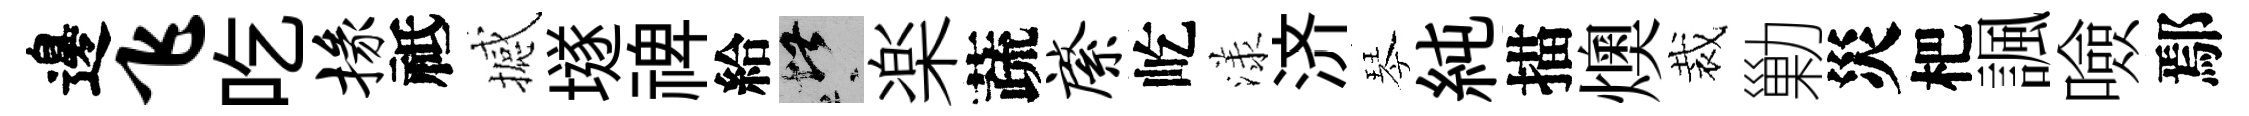
邊飞吃掾祗撼𡑞禆給堪楽蔬綮屹漾济琴純描燠裁勦災杷諷噞鄢